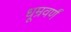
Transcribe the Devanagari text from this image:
धूम्रवर्णं